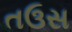
તઉસ